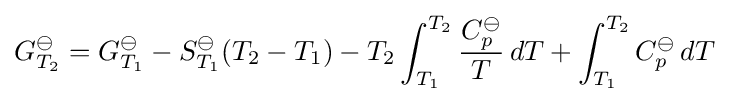
G_{T_{2}}^{\ominus }=G_{T_{1}}^{\ominus }-S_{T_{1}}^{\ominus }(T_{2}-T_{1})-T_{2}\int _{T_{1}}^{T_{2}}{{C_{p}^{\ominus }} \over {T}}\,dT+\int _{T_{1}}^{T_{2}}C_{p}^{\ominus }\,dT